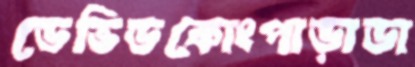
ডেভিডকোংপাড়াডা